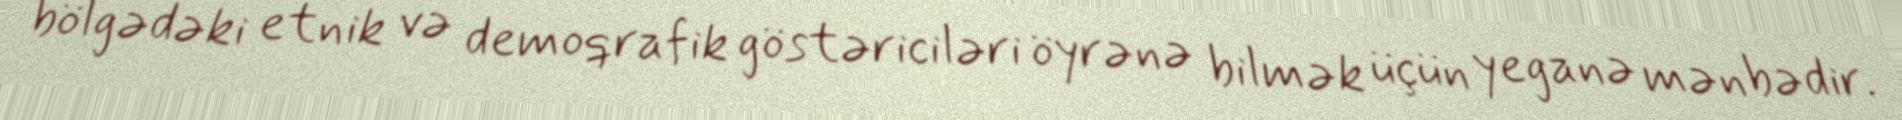
bölgədəki etnik və demoqrafik göstəriciləri öyrənə bilmək üçün yeganə mənbədir.